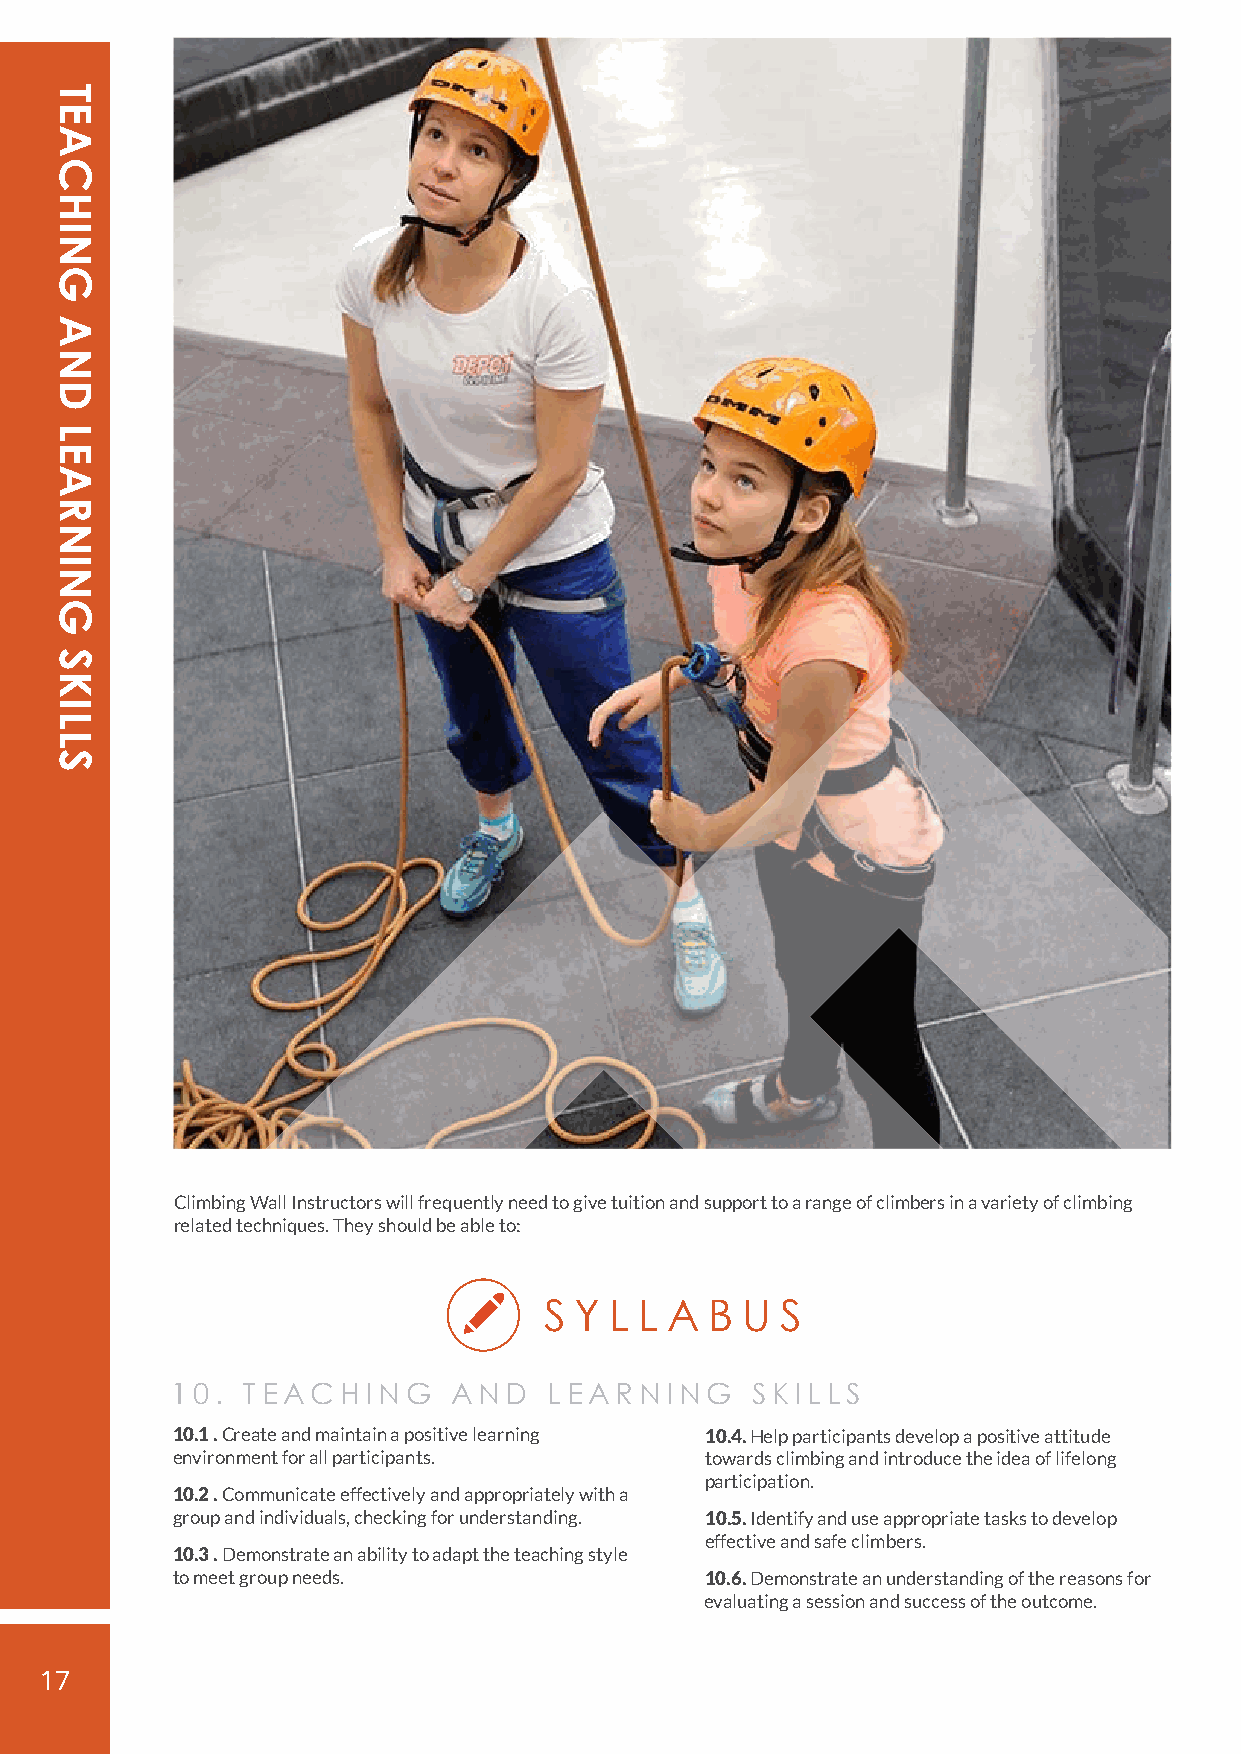
Climbing Wall Instructors will frequently need to give tuition and support to a range of climbers in a variety of climbing
 related techniques. They should be able to:
 S Y L L A  B U  S
 10.  TEACHING      AND   LEARNING      SKILLS
 10.1 . Create and maintain a positive learning 10.4. Help participants develop a positive attitude
 environment for all participants.   towards climbing and introduce the idea of lifelong
 participation.
 10.2 . Communicate effectively and appropriately with a
 group and individuals, checking for understanding. 10.5. Identify and use appropriate tasks to develop
 effective and safe climbers.
 10.3 . Demonstrate an ability to adapt the teaching style
 to meet group needs.                10.6. Demonstrate an understanding of the reasons for
 evaluating a session and success of the outcome.
 17
 TEACHING
 AND
 LEARNING
 SKILLS